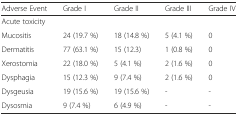
| Adverse Event | Grade I | Grade II | Grade III | Grade IV |
 | --- | --- | --- | --- | --- |
 | Acute toxicity |  |  |  |  |
 | Mucositis | 24 (19.7 %) | 18 (14.8 %) | 5 (4.1 %) | 0 |
 | Dermatitis | 77 (63.1 %) | 15 (12.3) | 1 (0.8 %) | 0 |
 | Xerostomia | 22 (18.0 %) | 5 (4.1 %) | 2 (1.6 %) | 0 |
 | Dysphagia | 15 (12.3 %) | 9 (7.4 %) | 2 (1.6 %) | 0 |
 | Dysgeusia | 19 (15.6 %) | 19 (15.6 %) | - | - |
 | Dysosmia | 9 (7.4 %) | 6 (4.9 %) | - | - |